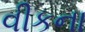
વીકના